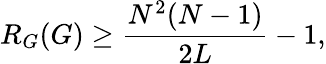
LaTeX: R_{G}(G)\geq\frac{N^{2}(N-1)}{2L}-1,